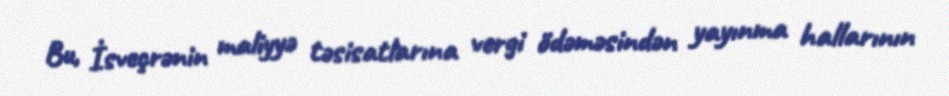
Bu, İsveçrənin maliyyə təsisatlarına vergi ödəməsindən yayınma hallarının